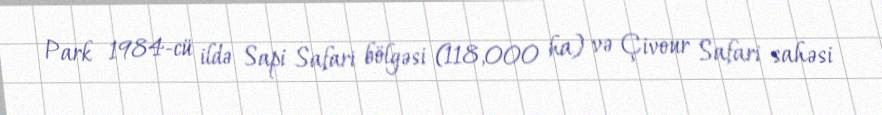
Park 1984-cü ildə Sapi Safari bölgəsi (118,000 ha) və Çivour Safari sahəsi